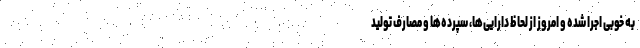
به خوبی اجرا شده و امروز از لحاظ دارایی‌ها، سپرده‌ها و مصارف تولید